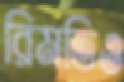
রিমতিও